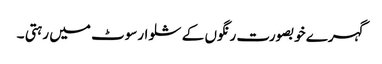
گہرے خوبصورت رنگوں کے شلوارسوٹ میں رہتی ۔